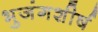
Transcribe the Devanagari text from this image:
भुजंगशीर्ष